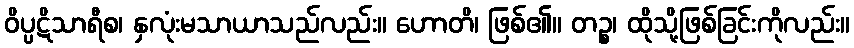
ဝိပ္ပဋိသာရီစ၊ နှလုံးမသာယာသည်လည်း။ ဟောတိ၊ ဖြစ်၏။ တဉ္စ၊ ထိုသို့ဖြစ်ခြင်းကိုလည်း။